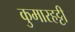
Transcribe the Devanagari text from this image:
कुमारहट्टी